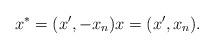
LaTeX: \begin{align*}x^* = (x',-x_n) x=(x',x_n).\end{align*}